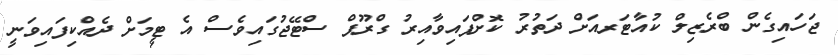
ޖަހައިގެން ބްރެޒިލް ކުއާޓަރއަށް ދަތުރު ކޮށްފައިވާއިރު ގްރޫޕް ސްޓޭޖުގައިވެސް އެ ޓީމަށް ދެއްކިފައިވަނީ